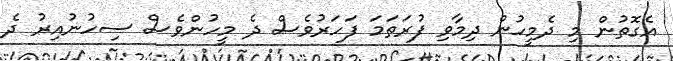
އެގޮތުން މި ދެމީހުން ދިމާވި ފުރަތަމަ ފަހަރުވެސް ދެ މީހުންވެސް ސިހުނުއިރު ދެ